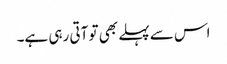
اس سے پہلے بھی تو آتی رہی ہے۔